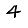
Digit: 4